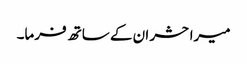
میرا حشر ان کے ساتھ فرما۔